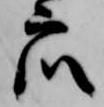
衆